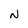
Character: N